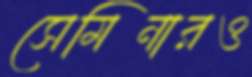
সেমিনারও